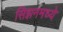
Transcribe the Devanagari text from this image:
सिझनमध्ये